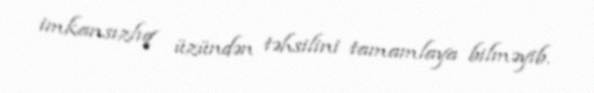
imkansızlıq üzündən təhsilini tamamlaya bilməyib.